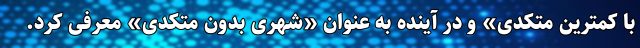
با کمترین متکدی» و در آینده به عنوان «شهری بدون متکدی» معرفی کرد.